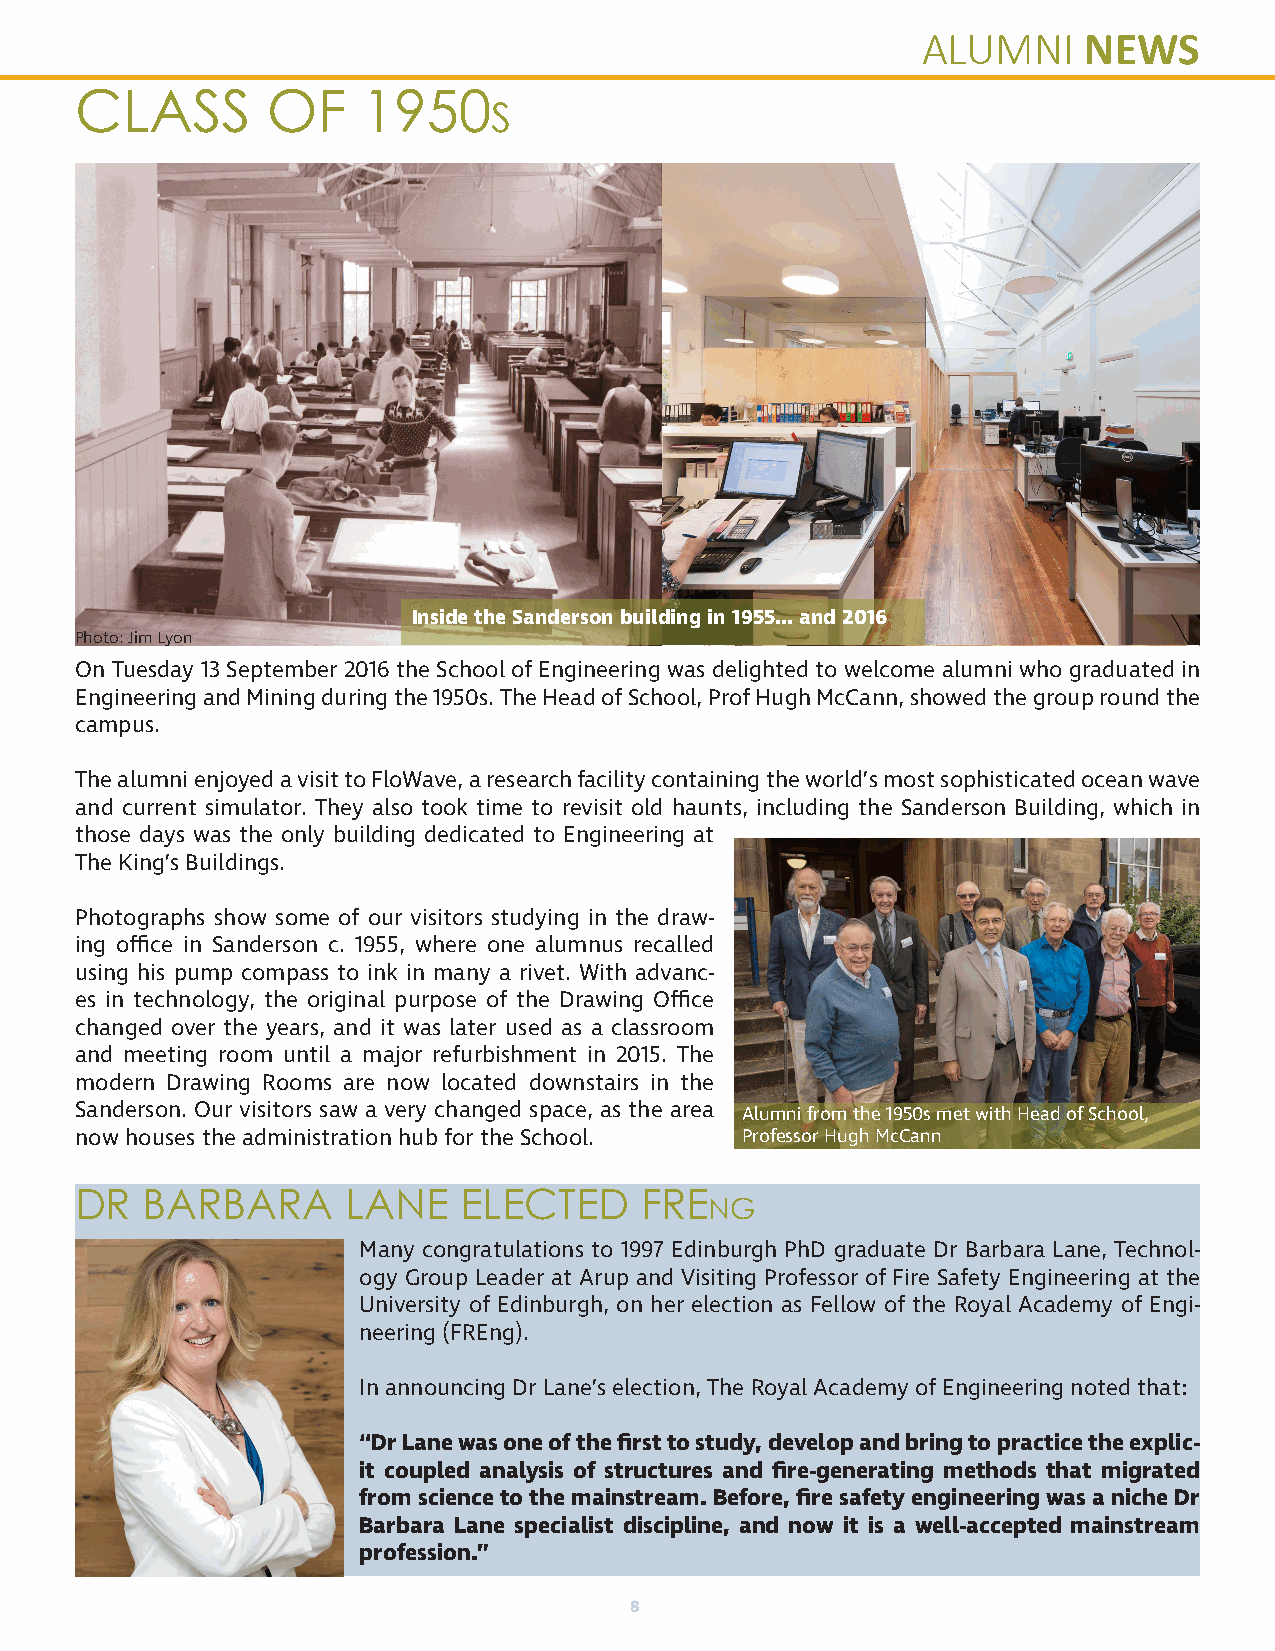
ALUMNI     NEWS
 CLASS        OF    1950
 s
 Inside the Sanderson building in 1955... and 2016
 Photo: Jim Lyon
 On Tuesday 13 September 2016 the School of Engineering was delighted to welcome alumni who graduated in
 Engineering and Mining during the 1950s. The Head of School, Prof Hugh McCann, showed the group round the
 campus.
 The alumni enjoyed a visit to FloWave, a research facility containing the world’s most sophisticated ocean wave
 and current simulator. They also took time to revisit old haunts, including the Sanderson Building, which in
 those days was the only building dedicated to Engineering at
 The King’s Buildings.
 Photographs show some of our visitors studying in the draw-
 ing office in Sanderson c. 1955, where one alumnus recalled
 using his pump compass to ink in many a rivet. With advanc-
 es in technology, the original purpose of the Drawing Office
 changed over the years, and it was later used as a classroom
 and meeting room until a major refurbishment in 2015. The
 modern Drawing Rooms are now located downstairs in the
 Sanderson. Our visitors saw a very changed space, as the area Alumni from the 1950s met with Head of School,
 now houses the administration hub for the School. Professor Hugh McCann
 DR  BARBARA       LANE   ELECTED     FRE
 NG
 Many congratulations to 1997 Edinburgh PhD graduate Dr Barbara Lane, Technol-
 ogy Group Leader at Arup and Visiting Professor of Fire Safety Engineering at the
 University of Edinburgh, on her election as Fellow of the Royal Academy of Engi-
 neering (FREng).
 In announcing Dr Lane’s election, The Royal Academy of Engineering noted that:
 “Dr Lane was one of the first to study, develop and bring to practice the explic-
 it coupled analysis of structures and fire-generating methods that migrated
 from science to the mainstream. Before, fire safety engineering was a niche Dr
 Barbara Lane specialist discipline, and now it is a well-accepted mainstream
 profession.”
 8